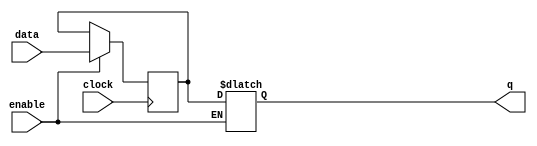
module level_sensitive_latch (
    input data,
    input enable,
    input clock,
    output reg q
);

reg d_flipflop;

always @(posedge clock) begin
    if (enable) begin
        d_flipflop <= data;
    end
end

always @(*) begin
    if (enable) begin
        q = d_flipflop;
    end
end

endmodule